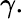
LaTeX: \gamma.